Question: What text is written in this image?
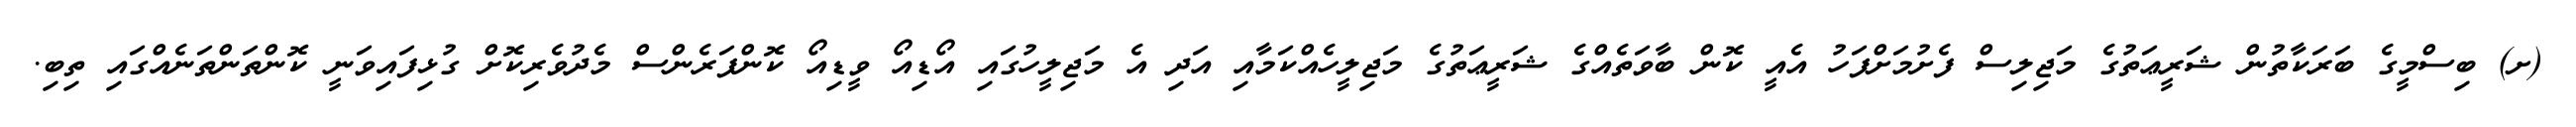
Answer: (ށ) ބިސްމީގެ ބަރަކާތުން ޝަރީޢަތުގެ މަޖިލިސް ފެށުމަށްފަހު އެއީ ކޮން ބާވަތެއްގެ ޝަރީޢަތުގެ މަޖިލީހެއްކަމާއި އަދި އެ މަޖިލީހުގައި އޯޑިއޯ ވީޑިއޯ ކޮންފަރެންސް މެދުވެރިކޮށް ގުޅިފައިވަނީ ކޮންތަންތަނެއްގައި ތިބި.